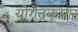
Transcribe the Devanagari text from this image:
योगेंद्रकुमार